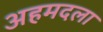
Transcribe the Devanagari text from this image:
अहमदला